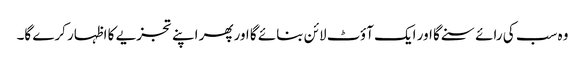
وہ سب کی رائے سنے گا اور ایک آؤٹ لائن بنائے گا اورپھر اپنے تجزیے کا اظہار کرے گا۔